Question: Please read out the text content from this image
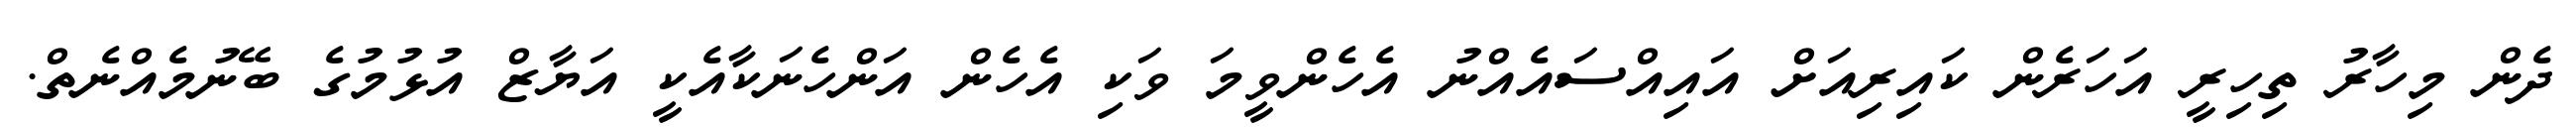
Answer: ދެން މިހާރު ތިހިރީ އަހަރެން ކައިރިއަށް އައިއްސައެއްނު އެހެންވީމަ ވަކި އެހެން އަންހެނަކާއެކީ އަޔާޒް އުޅުމުގެ ބޭނުމެއްނެތް.